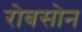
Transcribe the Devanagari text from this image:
रोबसोन